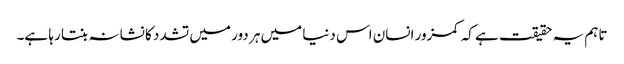
تاہم یہ حقیقت ہے کہ کمزور انسان اس دنیا میں ہر دور میں تشدد کا نشانہ بنتا رہا ہے۔